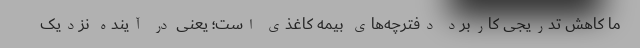
ما کاهش تدریجی کاربرد دفترچه‌های بیمه کاغذی است؛ یعنی در آینده نزدیک